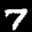
Label: 7